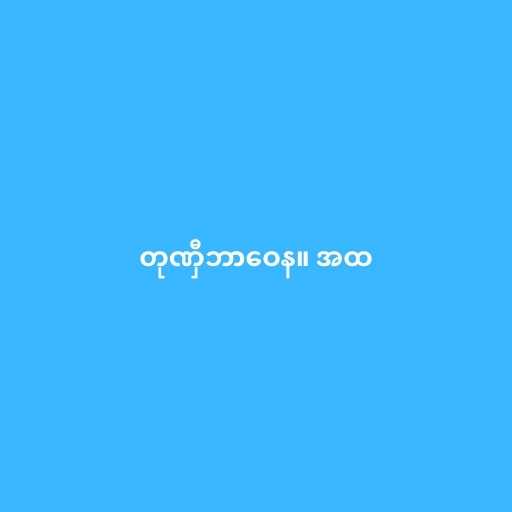
တုဏှီဘာဝေန။ အထ